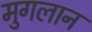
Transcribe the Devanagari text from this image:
मुगलान